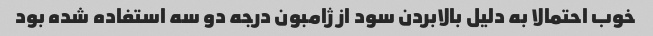
خوب احتمالا به دلیل بالابردن سود از ژامبون درجه دو سه استفاده شده بود